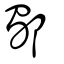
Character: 𨞕